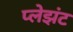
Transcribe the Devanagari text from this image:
प्लेझंट